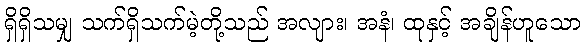
ရှိရှိသမျှ သက်ရှိသက်မဲ့တို့သည် အလျား၊ အနံ၊ ထုနှင့် အချိန်ဟူသော